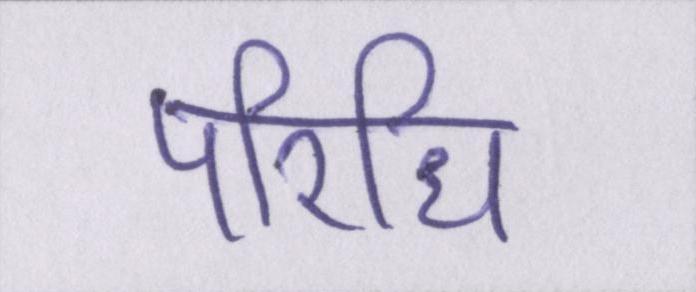
परिधि